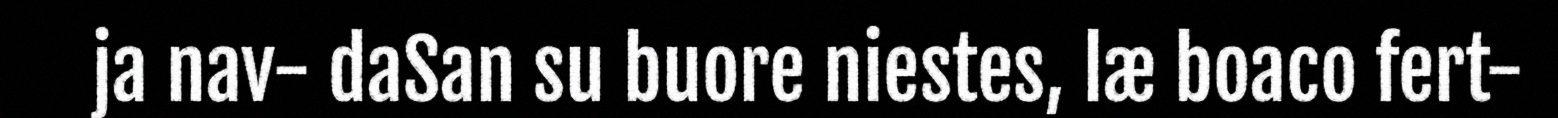
ja nav- daSan su buore niestes, læ boaco fert-